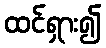
ထင်ရှား၍